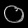
Digit: ၀